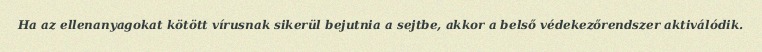
Ha az ellenanyagokat kötött vírusnak sikerül bejutnia a sejtbe, akkor a belső védekezőrendszer aktiválódik.